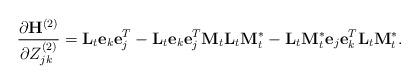
LaTeX: \begin{align*} \frac{\partial \mathbf H^{(2)}}{\partial Z_{jk}^{(2)}} =\mathbf L_t\mathbf e_{k}\mathbf e_{j}^T - \mathbf L_t\mathbf e_{k}\mathbf e_{j}^T\mathbf M_t\mathbf L_t\mathbf M_t^* - \mathbf L_t\mathbf M_t^*\mathbf e_{j}\mathbf e_{k}^T\mathbf L_t\mathbf M_t^*.\end{align*}